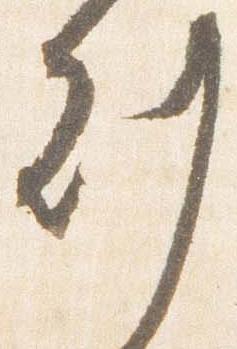
刻